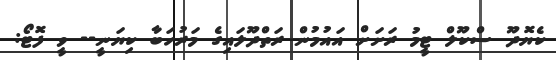
ކެޔޮދޫ ސްކޫލް ޓީމު ރަށަށް އައުމުން ރަތްދޫލައިގެ މަރުހަބާ ކިޔަނީ-- ވީ ފޮޓޯ: